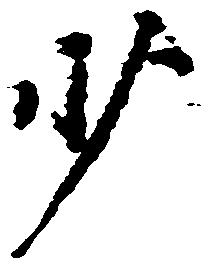
少